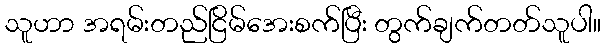
သူဟာ အရမ်းတည်ငြိမ်အေးစက်ပြီး တွက်ချက်တတ်သူပါ။